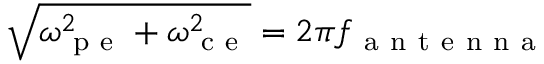
\sqrt { \omega _ { \mathrm { ~ p ~ e ~ } } ^ { 2 } + \omega _ { \mathrm { ~ c ~ e ~ } } ^ { 2 } } = 2 \pi f _ { \mathrm { ~ a ~ n ~ t ~ e ~ n ~ n ~ a ~ } }